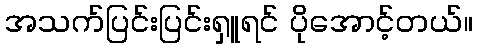
အသက်ပြင်းပြင်းရှူရင် ပိုအောင့်တယ်။